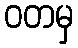
ဝတမှ